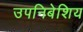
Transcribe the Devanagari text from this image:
उपनिबेशिय